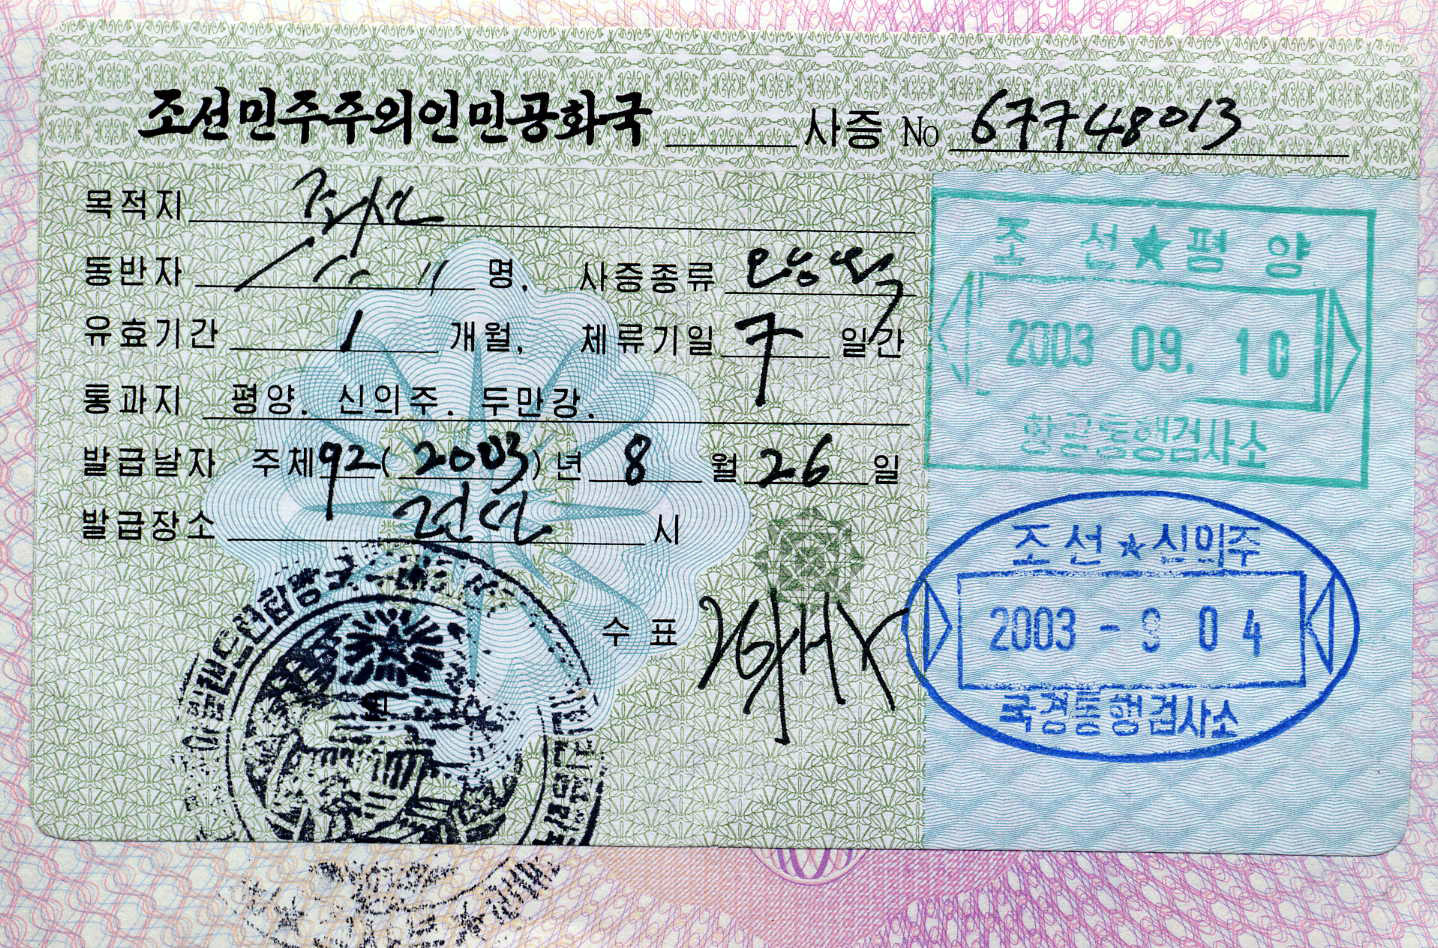
Language: ko